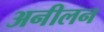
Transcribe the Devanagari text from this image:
अनीलन